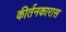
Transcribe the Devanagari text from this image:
कीर्तनकारास